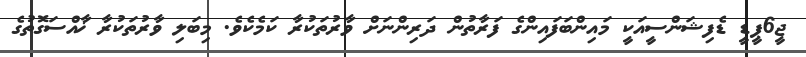
ޖީ6ޕީޑީ ޑެފިޝަންސީއަކީ މައިންބަފައިންގެ ފަރާތުން ދަރިންނަށް ވާރުތަކުރާ ކަމެކެވެ. މިބަލި ވާރުތަކުރާ ޚާއްސަގޮތުގެ